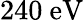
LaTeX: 240~\mathrm{eV}